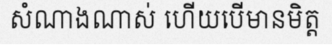
សំណាងណាស់ ហើយបើមានមិត្ត